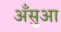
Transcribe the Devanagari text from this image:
अँसुआ